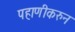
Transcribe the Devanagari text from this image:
पहाणीकरुन